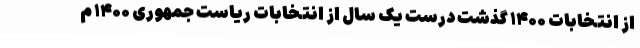
از انتخابات ۱۴۰۰ گذشت درست یک سال از انتخابات ریاست جمهوری ۱۴۰۰ م